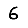
Digit: 6